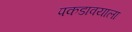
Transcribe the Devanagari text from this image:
पकडावयाला